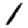
Digit: 1